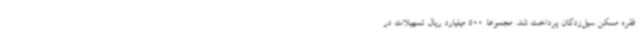
فقره مسکن سیل‌زدگان پرداخت شد. مجموعاً 500 میلیارد ریال تسهیلات در